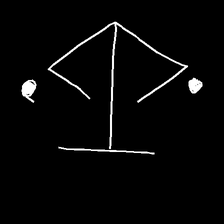
Glyph: earth